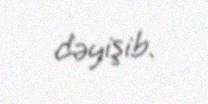
dəyişib.